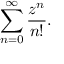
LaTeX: \sum _ { n = 0 } ^ { \infty } { \frac { z ^ { n } } { n ! } } .